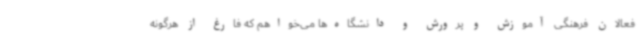
فعالان فرهنگی آموزش و پرورش و دانشگاه‌ها می‌خواهم که فارغ از هرگونه